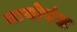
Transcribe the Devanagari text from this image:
बायोपंक